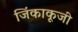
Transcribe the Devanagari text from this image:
जिंकाकूजी